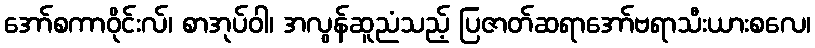
အော်စကာဝိုင်းလ်၊ စာအုပ်ဝါ၊ အလွန်ဆူညံသည့် ပြဇာတ်ဆရာအော်ဗရာသီးယားစလေ၊